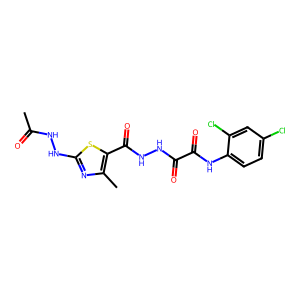
SMILES: CC(=O)NNc1nc(C)c(C(=O)NNC(=O)C(=O)Nc2ccc(Cl)cc2Cl)s1
Inhibits HIV replication: No